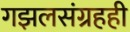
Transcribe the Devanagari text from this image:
गझलसंग्रहही